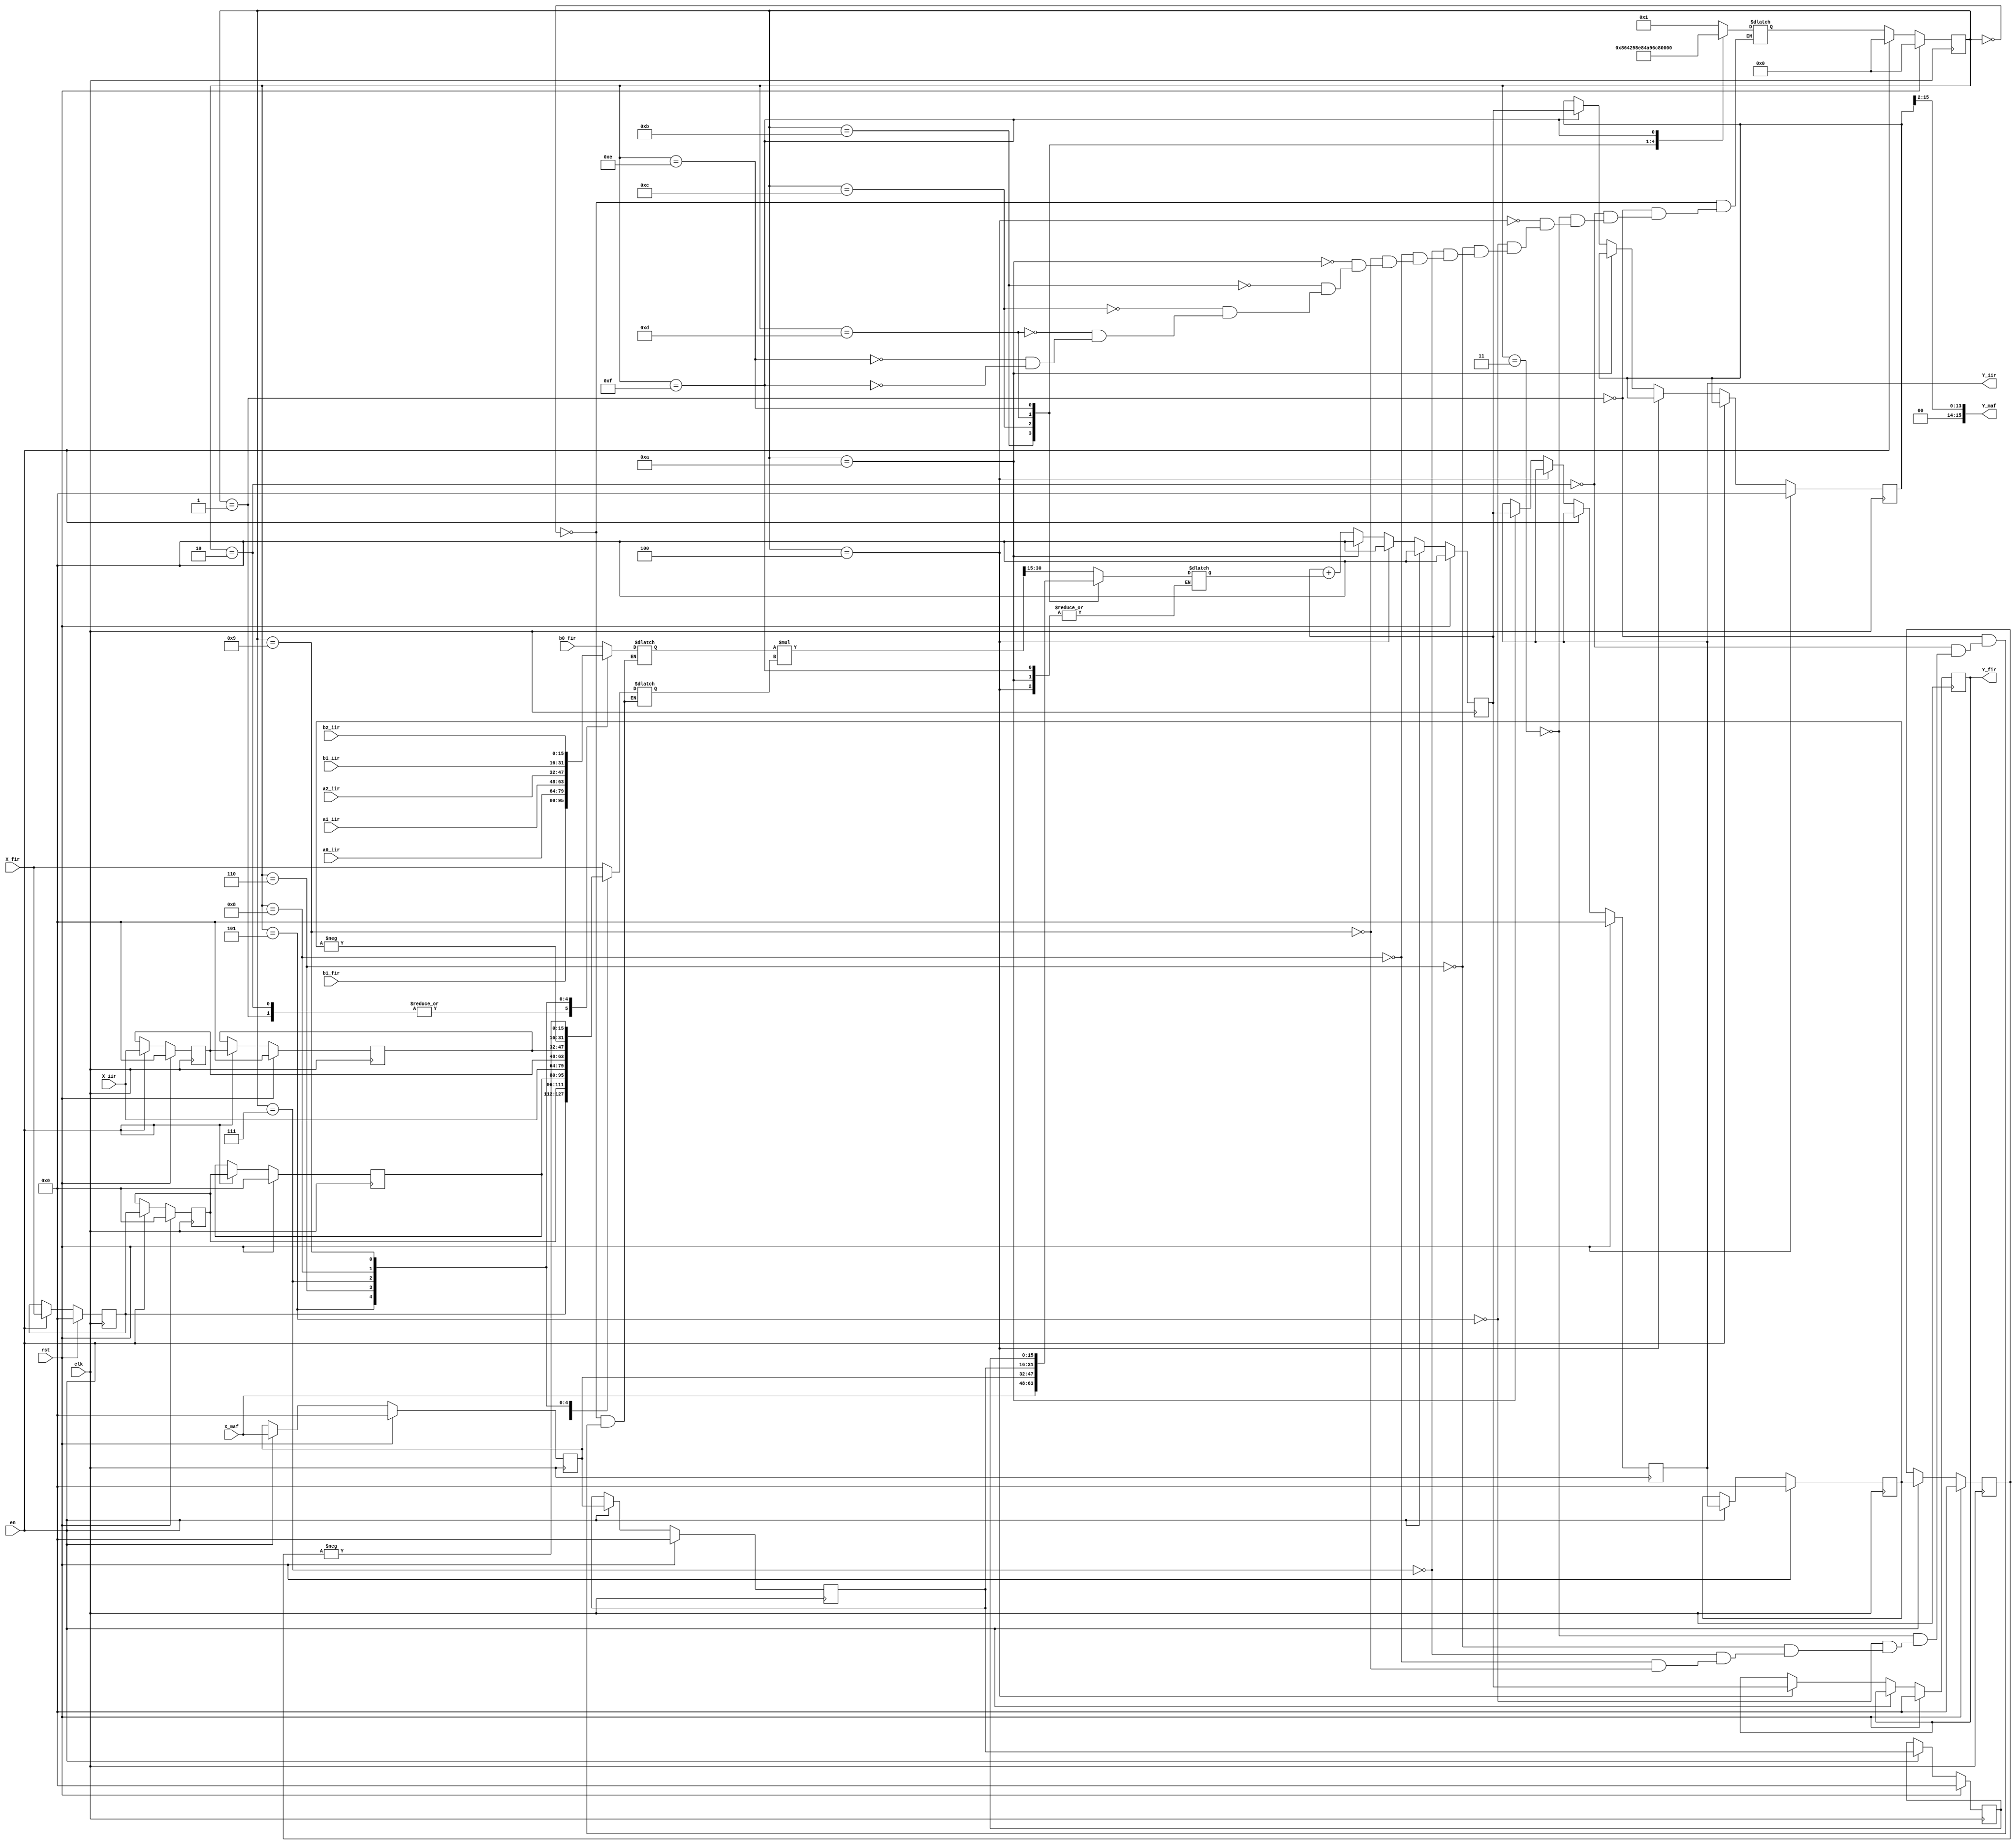
module Filters  #(parameter N  = 16)
  ( 
    input         clk,
    input         rst,
    input          en,
    // --- FIR in/outs begin --- //
    input signed [N-1:0] X_fir,
    input signed [N-1:0] b0_fir,
    input signed [N-1:0] b1_fir,
    output signed [N-1:0]   Y_fir,
    // --- FIR in/outs end --- //

    // --- IIR in/outs begin --- //
    input signed [N-1:0] X_iir,
    input signed [N-1:0] a0_iir,
    input signed [N-1:0] a1_iir,
    input signed [N-1:0] a2_iir,
    input signed [N-1:0] b1_iir,
    input signed [N-1:0] b2_iir,
    output signed  [N-1:0] Y_iir,
    // --- IIR in/outs end --- //

    // --- MAF in/outs begin --- //
    input [N-1:0] X_maf,
    output [N-1:0] Y_maf 
    // --- MAF in/outs end --- //
    );


//circuit architecture
reg signed [N-1:0] mux_coeff;
reg signed [N-1:0] mux_xy;
wire signed [2*N-1:0] product;
wire [N-1:0] aritmetic_shift;
reg signed [N-1:0] add1;
reg signed [N-1:0] result;

//fir REGs
reg signed [N-1:0] X1_fir, X2_fir, X3_fir, Yt_fir;

//iir REGs
reg signed [N-1:0] X1_iir, X2_iir;
reg signed [N-1:0] Yt_iir, Y1_iir, Y2_iir;
 
//maf REGs
reg  [N-1:0] X1_maf, X2_maf, X3_maf, Yt_maf;

//out REGs 
assign Y_fir = Yt_fir;
assign Y_iir = Yt_iir;
assign Y_maf = (Yt_maf >> 2);



// -------  fir, iir and maf samples flow start ------- //
always@(posedge clk) begin
    if(rst) begin

        //output regs
        Yt_fir <= 0;
        Yt_iir <= 0;
        Yt_maf <= 0;

        //fir
        X1_fir <= 0;
        X2_fir <= 0;
        X3_fir <= 0;

        //iir
        Y1_iir <= 0;
        Y2_iir <= 0;
        X1_iir <= 0;
        X2_iir <= 0;

        //maf
        X1_maf <= 0;
        X2_maf <= 0;
        X3_maf <= 0;

    end

    else if(en == 1) begin
        //fir 
        X1_fir <= X_fir;
        X2_fir <= X1_fir;
        X3_fir <= X2_fir;



        //iir
        Y1_iir <= Yt_iir; 
        Y2_iir <= Y1_iir;
        X1_iir <= X_iir;
        X2_iir <= X1_iir;

        //maf
        X1_maf <= X_maf;
        X2_maf <= X1_maf;
        X3_maf <= X2_maf;
    end

   else if(phase == phase4)
        Yt_fir <= result;
   else if(phase == phase10)
        Yt_iir <= result;
   else if(phase == phase15)
        Yt_maf <= result; 

end

// -------  fir, iir and maf samples flow end ------- //



// ================== FSMs start ================== //

reg [4:0] phase; //state
reg [4:0] next_phase; //next_state

parameter phase0 = 0; parameter phase1 = 1;
parameter phase2 = 2; parameter phase3 = 3;
parameter phase4 = 4; parameter phase5 = 5;
parameter phase6 = 6; parameter phase7 = 7;
parameter phase8 = 8; parameter phase9 = 9;

parameter phase10 = 10; parameter phase11 = 11;
parameter phase12 = 12; parameter phase13 = 13;
parameter phase14 = 14;
parameter phase15 = 15;
parameter phase16 = 16;


always @(posedge clk) begin 
        if (rst) 
         phase <= phase0;
        else if(en == 1 )
           phase <= phase0;
        else 
           phase <= next_phase;
end

// ------- MUX's coeffs - Samples FIR/IIR start ------- //
always @(phase or en or aritmetic_shift or X1_maf or  X2_maf or X3_maf) begin



        case(phase)

        //fir Yt = X*b0 + X1*b1 + X2*b1 + X3*b0  
            phase0    : begin
                mux_coeff = b0_fir;
                mux_xy = X_fir;
                add1 = aritmetic_shift;
                next_phase = phase1;
            end

            phase1    : begin
                mux_coeff = b1_fir;
                mux_xy = X1_fir;
                add1 = aritmetic_shift; 
                next_phase = phase2;
            end

            phase2    : begin
                mux_coeff = b1_fir;
                mux_xy = X2_fir;
                add1 = aritmetic_shift;
                next_phase = phase3;   
            end

            phase3    : begin
                mux_coeff = b0_fir;
                mux_xy = X3_fir;
                add1 = aritmetic_shift;
                next_phase = phase4;
            end


            phase4    : begin 
                next_phase = phase5;
            end

             //iir  Y <= X*a0 + X1*a1 + X2*a2 - Y1*b1 - Y2*b2;
            phase5    : begin
                mux_coeff = a0_iir;
                mux_xy = X_iir;
                add1 = aritmetic_shift; 
                next_phase = phase6;
            end

            phase6    : begin
                mux_coeff = a1_iir;
                mux_xy = X1_iir;
                add1 = aritmetic_shift;
                next_phase = phase7;
            end  	

            phase7     : begin
                mux_coeff = a2_iir;
                mux_xy = X2_iir;
                add1 = aritmetic_shift;
                next_phase = phase8;
            end

            phase8    : begin
                mux_coeff = b1_iir;
                mux_xy = -Y1_iir;
                add1 = aritmetic_shift;
                next_phase = phase9;
            end

            phase9    : begin
                mux_coeff = b2_iir;
                mux_xy = -Y2_iir;
                add1 = aritmetic_shift;
                next_phase = phase10; 
            end

            phase10    : begin

                next_phase = phase11; 
            end

            //MAF
            phase11    : begin
                add1 = X_maf;
                next_phase = phase12;
            end

            phase12    : begin
                add1 = X1_maf;
                next_phase = phase13;
            end

            phase13    : begin
                add1 = X2_maf;
                next_phase = phase14;
            end

            phase14    : begin
                add1 = X3_maf;
                next_phase = phase15;
            end
            phase15    : begin
                next_phase = phase16;
            end

             default : begin
                add1 = aritmetic_shift;                
             end  
        endcase
end

// ------- MUX's coeffs - Samples FIR/IIR end ------- //


// ================== FSMs end ================== //


// ------- Math operations begin ------- //
assign product = mux_coeff * mux_xy;
assign aritmetic_shift = product >>> 15;
// ------- Math operations end ------- //


// ------ Acumulacion start -------- //

always @(posedge clk) begin

    if(rst ==1'b1) 
        begin
            result <= 0;
        end
    else  if (en == 1)
            result <= 0;
    else  if (phase == phase4) 
            result <= 0;
    else  if (phase == phase10) 
            result <= 0;
    else
    	result <= result + add1;  //acumulacion

end

// ------ Acumulacion end -------- //

endmodule